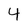
Character: 4